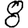
Digit: 8